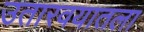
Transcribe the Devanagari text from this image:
उतारवयातला